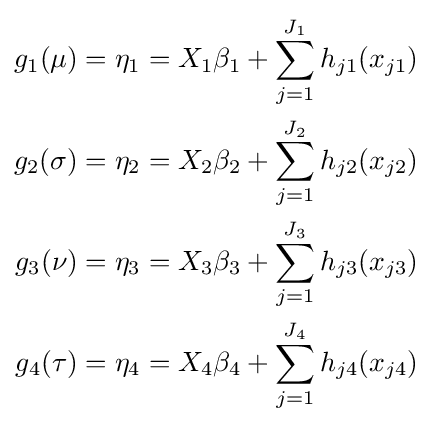
{\begin{aligned}g_{1}(\mu )=\eta _{1}=X_{1}\beta _{1}+\sum _{j=1}^{J_{1}}{h}_{j1}(x_{j1})\\g_{2}(\sigma )=\eta _{2}=X_{2}\beta _{2}+\sum _{j=1}^{J_{2}}{h}_{j2}(x_{j2})\\g_{3}(\nu )=\eta _{3}=X_{3}\beta _{3}+\sum _{j=1}^{J_{3}}{h}_{j3}(x_{j3})\\g_{4}(\tau )=\eta _{4}=X_{4}\beta _{4}+\sum _{j=1}^{J_{4}}{h}_{j4}(x_{j4})\end{aligned}}